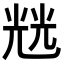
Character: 𭀬